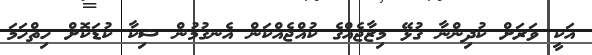
އަކީ ވަރަށް ކުދިންނާ ގުޅޭ މިޒާޖެއްގެ ކުއްޖެއްކަން އެނގުމުން ޝިކާ ކުޑަކޮށް ހިތްހަމަ